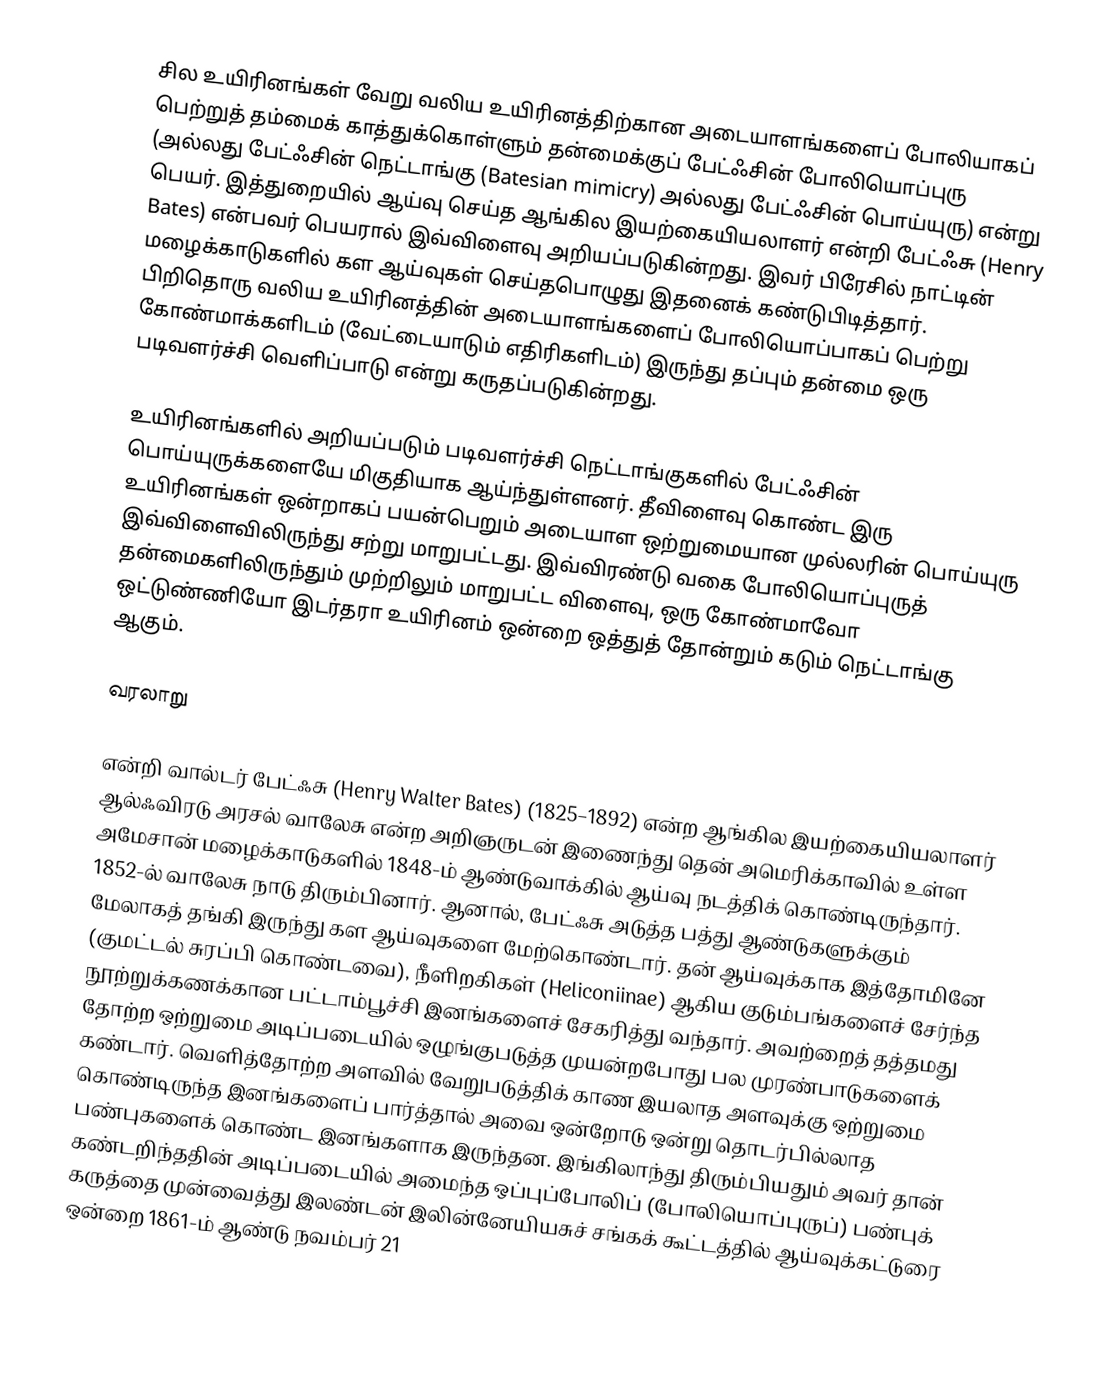
சில உயிரினங்கள் வேறு வலிய உயிரினத்திற்கான அடையாளங்களைப் போலியாகப் பெற்றுத் தம்மைக் காத்துக்கொள்ளும் தன்மைக்குப் பேட்ஃசின் போலியொப்புரு (அல்லது பேட்ஃசின் நெட்டாங்கு (Batesian mimicry) அல்லது பேட்ஃசின் பொய்யுரு) என்று பெயர். இத்துறையில் ஆய்வு செய்த ஆங்கில இயற்கையியலாளர் என்றி பேட்ஃசு (Henry Bates) என்பவர் பெயரால் இவ்விளைவு அறியப்படுகின்றது. இவர் பிரேசில் நாட்டின் மழைக்காடுகளில் கள ஆய்வுகள் செய்தபொழுது இதனைக் கண்டுபிடித்தார். பிறிதொரு வலிய உயிரினத்தின் அடையாளங்களைப் போலியொப்பாகப் பெற்று கோண்மாக்களிடம் (வேட்டையாடும் எதிரிகளிடம்) இருந்து தப்பும் தன்மை ஒரு படிவளர்ச்சி வெளிப்பாடு என்று கருதப்படுகின்றது.

உயிரினங்களில் அறியப்படும் படிவளர்ச்சி நெட்டாங்குகளில் பேட்ஃசின் பொய்யுருக்களையே மிகுதியாக ஆய்ந்துள்ளனர். தீவிளைவு கொண்ட இரு உயிரினங்கள் ஒன்றாகப் பயன்பெறும் அடையாள ஒற்றுமையான முல்லரின் பொய்யுரு இவ்விளைவிலிருந்து சற்று மாறுபட்டது. இவ்விரண்டு வகை போலியொப்புருத் தன்மைகளிலிருந்தும் முற்றிலும் மாறுபட்ட விளைவு, ஒரு கோண்மாவோ ஒட்டுண்ணியோ இடர்தரா உயிரினம் ஒன்றை ஒத்துத் தோன்றும் கடும் நெட்டாங்கு ஆகும்.

வரலாறு

என்றி வால்டர் பேட்ஃசு (Henry Walter Bates) (1825–1892) என்ற ஆங்கில இயற்கையியலாளர் ஆல்ஃவிரடு அரசல் வாலேசு என்ற அறிஞருடன் இணைந்து தென் அமெரிக்காவில் உள்ள அமேசான் மழைக்காடுகளில் 1848-ம் ஆண்டுவாக்கில் ஆய்வு நடத்திக் கொண்டிருந்தார். 1852-ல் வாலேசு நாடு திரும்பினார். ஆனால், பேட்ஃசு அடுத்த பத்து ஆண்டுகளுக்கும் மேலாகத் தங்கி இருந்து கள ஆய்வுகளை மேற்கொண்டார். தன் ஆய்வுக்காக இத்தோமினே (குமட்டல் சுரப்பி கொண்டவை), நீளிறகிகள் (Heliconiinae) ஆகிய குடும்பங்களைச் சேர்ந்த நூற்றுக்கணக்கான பட்டாம்பூச்சி இனங்களைச் சேகரித்து வந்தார். அவற்றைத் தத்தமது தோற்ற ஒற்றுமை அடிப்படையில் ஒழுங்குபடுத்த முயன்றபோது பல முரண்பாடுகளைக் கண்டார். வெளித்தோற்ற அளவில் வேறுபடுத்திக் காண இயலாத அளவுக்கு ஒற்றுமை கொண்டிருந்த இனங்களைப் பார்த்தால் அவை ஒன்றோடு ஒன்று தொடர்பில்லாத பண்புகளைக் கொண்ட இனங்களாக இருந்தன. இங்கிலாந்து திரும்பியதும் அவர் தான் கண்டறிந்ததின் அடிப்படையில் அமைந்த ஒப்புப்போலிப் (போலியொப்புருப்) பண்புக் கருத்தை முன்வைத்து இலண்டன் இலின்னேயியசுச் சங்கக் கூட்டத்தில் ஆய்வுக்கட்டுரை ஒன்றை 1861-ம் ஆண்டு நவம்பர் 21